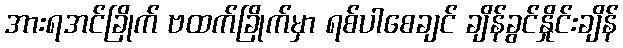
အားရအင်ခြိုက် ဗထက်ခြိုက်မှာ ရစ်ပါစေချင် ချိန်ခွင်နှိုင်းချိန်